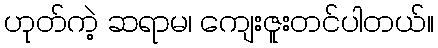
ဟုတ်ကဲ့ ဆရာမ၊ ကျေးဇူးတင်ပါတယ်။